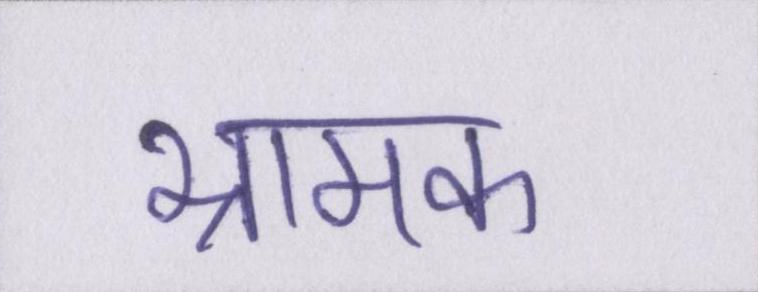
भ्रामक